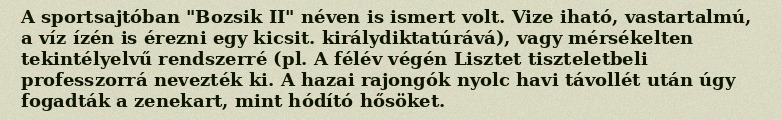
A sportsajtóban "Bozsik II" néven is ismert volt. Vize iható, vastartalmú, a víz ízén is érezni egy kicsit. királydiktatúrává), vagy mérsékelten tekintélyelvű rendszerré (pl. A félév végén Lisztet tiszteletbeli professzorrá nevezték ki. A hazai rajongók nyolc havi távollét után úgy fogadták a zenekart, mint hódító hősöket.